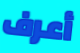
أعرف